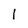
Character: 1